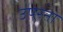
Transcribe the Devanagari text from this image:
उपरना